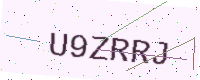
Text: U9ZRRJ